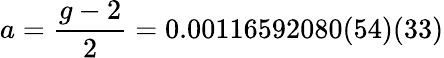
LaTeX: a={\frac{g-2}{2}}=0.00116592080(54)(33)